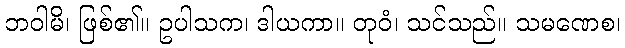
ဘဝါမိ၊ ဖြစ်၏။ ဥပါသက၊ ဒါယကာ။ တုဝံ၊ သင်သည်။ သမဏေစ၊